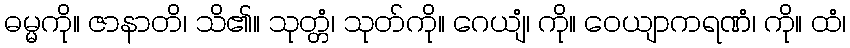
ဓမ္မကို။ ဇာနာတိ၊ သိ၏။ သုတ္တံ၊ သုတ်ကို။ ဂေယျံ၊ ကို။ ဝေယျာကရဏံ၊ ကို။ ထံ၊